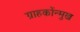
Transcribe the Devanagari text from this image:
ग्राहकोंन्‍मुख